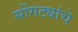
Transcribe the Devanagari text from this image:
सोंगट्यांचे